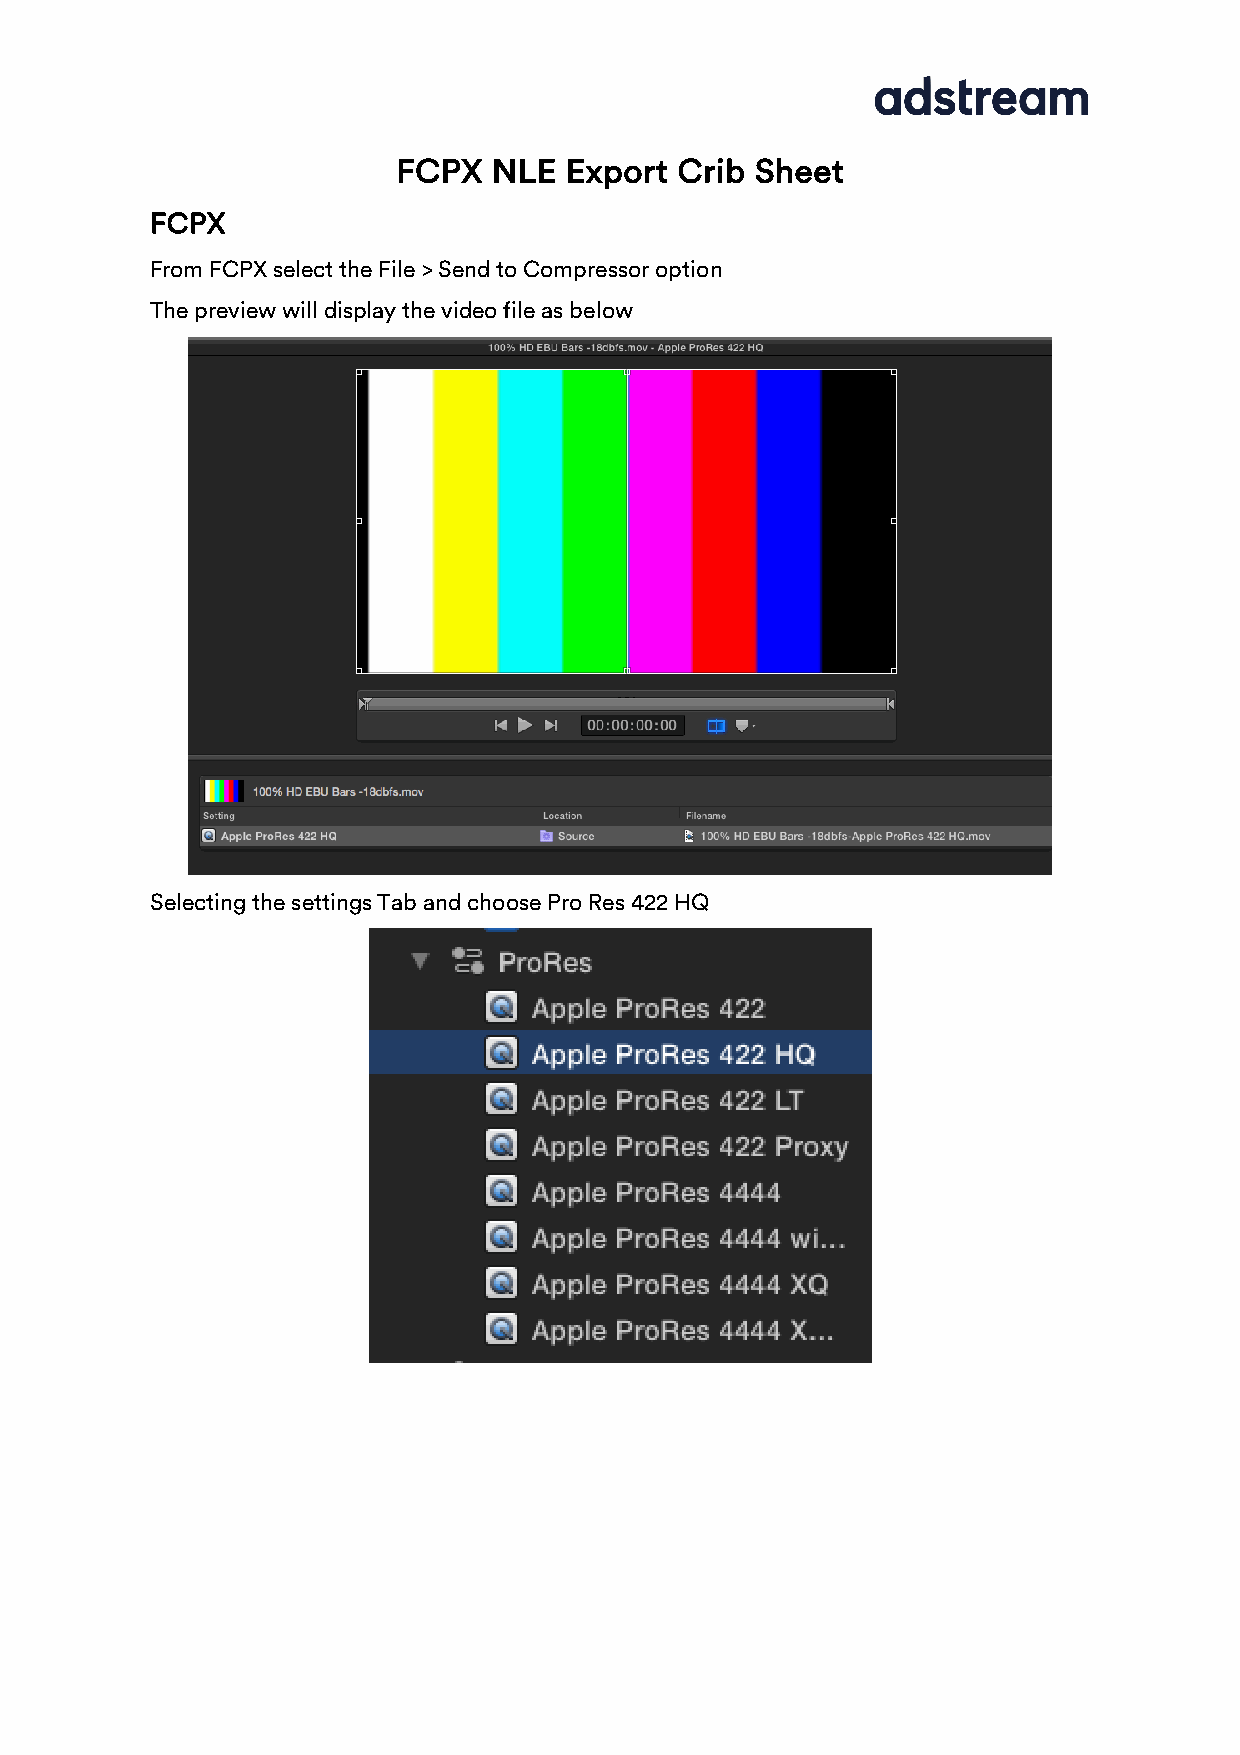
FCPX   NLE Export  Crib Sheet
 FCPX
 From FCPX select the File > Send to Compressor option
 The preview will display the video file as below
 Selecting the settings Tab and choose Pro Res 422 HQ